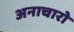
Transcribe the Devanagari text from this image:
अनाचारो